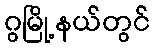
ဂွမြို့နယ်တွင်